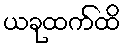
ယခုထက်ထိ